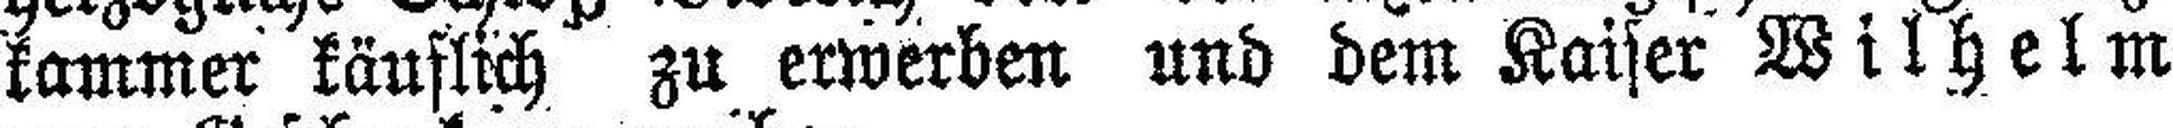
kammer käuflich zu erwerben und dem Kaiser Wilhelm